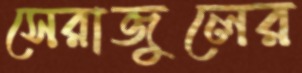
সেরাজুলের